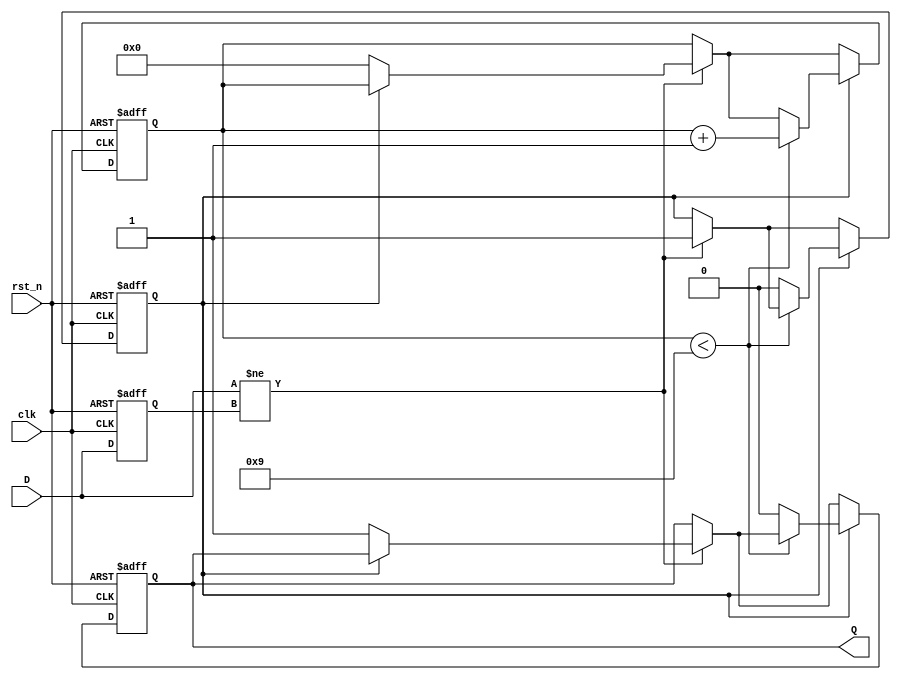
module monostable_edge_detector (
    input wire clk,            // Clock signal
    input wire rst_n,         // Active low reset
    input wire D,             // Input signal to be monitored
    output reg Q              // Output pulse signal
);

    // Parameters
    parameter PULSE_WIDTH = 10; // Pulse width in clock cycles

    // State Variables
    reg D_prev;                // Previous state of the input signal
    reg [3:0] pulse_counter;   // Counter for pulse width
    reg pulse_active;          // Indicates if pulse is currently active

    // Edge detection logic and pulse generation
    always @(posedge clk or negedge rst_n) begin
        if (!rst_n) begin
            D_prev <= 1'b0;         // Initialize previous state
            Q <= 1'b0;              // Initialize output pulse
            pulse_counter <= 4'b0;  // Reset pulse counter
            pulse_active <= 1'b0;    // Reset pulse active flag
        end else begin
            // Edge detection
            if (D != D_prev) begin
                // An edge is detected
                if (!pulse_active) begin
                    Q <= 1'b1;          // Start pulse
                    pulse_counter <= 4'b0; // Reset pulse counter
                    pulse_active <= 1'b1;  // Set pulse active flag
                end
            end
            
            // Pulse generation logic
            if (pulse_active) begin
                if (pulse_counter < PULSE_WIDTH - 1) begin
                    pulse_counter <= pulse_counter + 1; // Increment counter
                end else begin
                    Q <= 1'b0;          // End pulse after specified width
                    pulse_active <= 1'b0; // Clear pulse active flag
                end
            end
            
            // Update previous state
            D_prev <= D;
        end
    end

endmodule